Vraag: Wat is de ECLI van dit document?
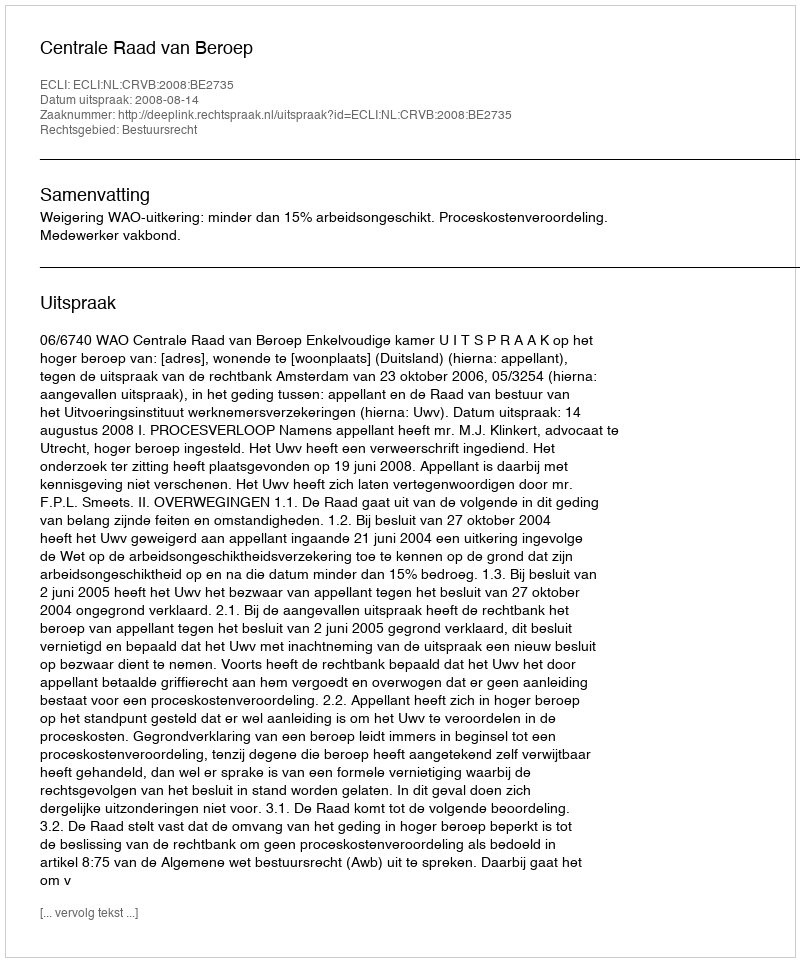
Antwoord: ECLI:NL:CRVB:2008:BE2735